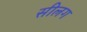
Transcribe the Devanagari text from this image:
सीलग